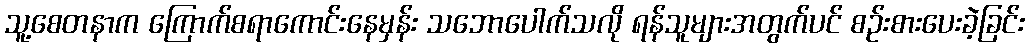
သူ့စေတနာက ကြောက်စရာကောင်းနေမှန်း သဘောပေါက်သလို ရန်သူများအတွက်ပင် စဉ်းစားပေးခဲ့ခြင်း